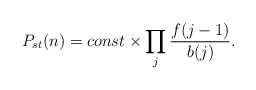
\begin{align*}P_{st}(n)=const\times \prod _{j} \frac{f(j-1)}{b(j)}.\end{align*}